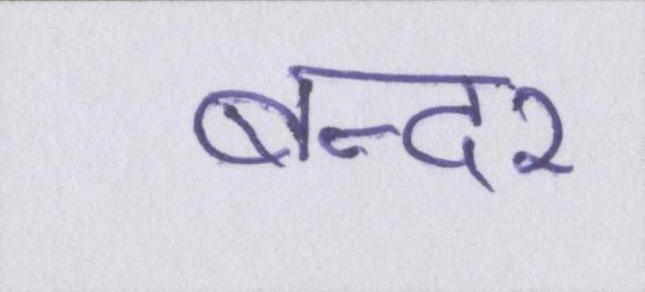
बन्दर